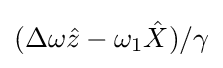
(\Delta \omega {\hat {z}}-\omega _{1}{\hat {X}})/\gamma